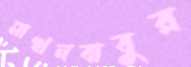
মাখনবাবুর